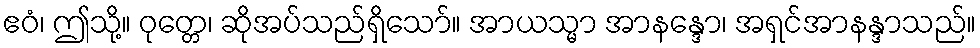
ဧဝံ၊ ဤသို့။ ဝုတ္တေ၊ ဆိုအပ်သည်ရှိသော်။ အာယသ္မာ အာနန္ဒော၊ အရှင်အာနန္ဒာသည်။